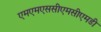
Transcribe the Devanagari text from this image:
एमएमएससीएमसीएमडी